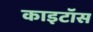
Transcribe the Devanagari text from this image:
काइटॉस